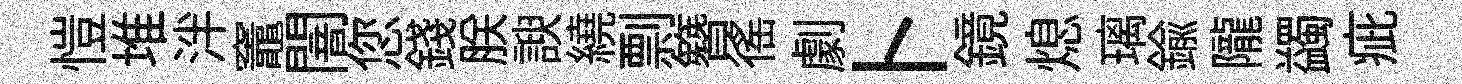
愷堆泮竈闇您錢朕諛繞剽簪徭劇卜鏡熄璃鍮隴蠲疵